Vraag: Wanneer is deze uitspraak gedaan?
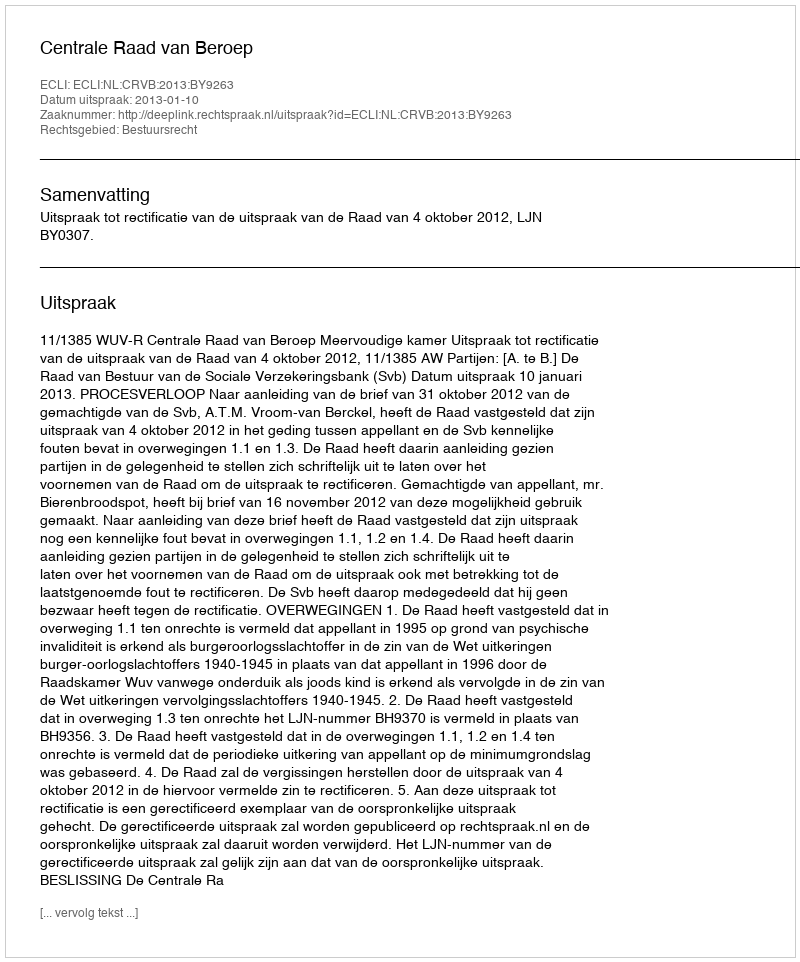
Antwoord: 2013-01-10